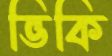
ভিকি